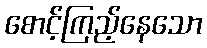
စောင့်ကြည့်နေသော